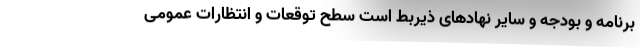
برنامه و بودجه و سایر نهادهای ذیربط است سطح توقعات و انتظارات عمومی